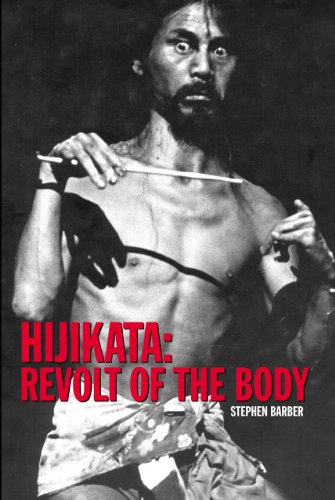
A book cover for Hijikata: Revolt of the Body (Solar Books - Solar East); Stephen Barber; Biographies & Memoirs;